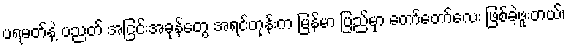
ပရမတ်နဲ့ ပညတ် အငြင်းအခုန်တွေ အရင်တုန်းက မြန်မာ ပြည်မှာ တော်တော်လေး ဖြစ်ခဲ့ဖူးတယ်၊